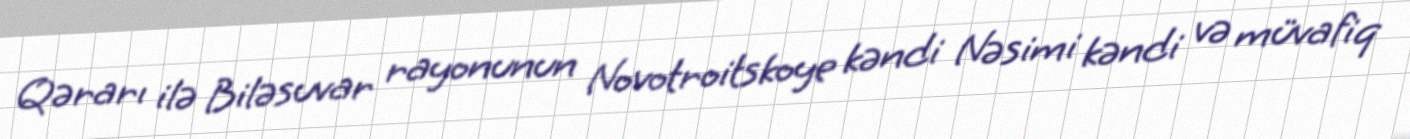
Qərarı ilə Biləsuvar rayonunun Novotroitskoye kəndi Nəsimi kəndi və müvafiq